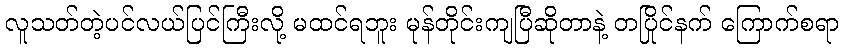
လူသတ်တဲ့ပင်လယ်ပြင်ကြီးလို့ မထင်ရဘူး မုန်တိုင်းကျပြီဆိုတာနဲ့ တပြိုင်နက် ကြောက်စရာ